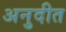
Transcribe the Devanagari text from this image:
अनुदीत